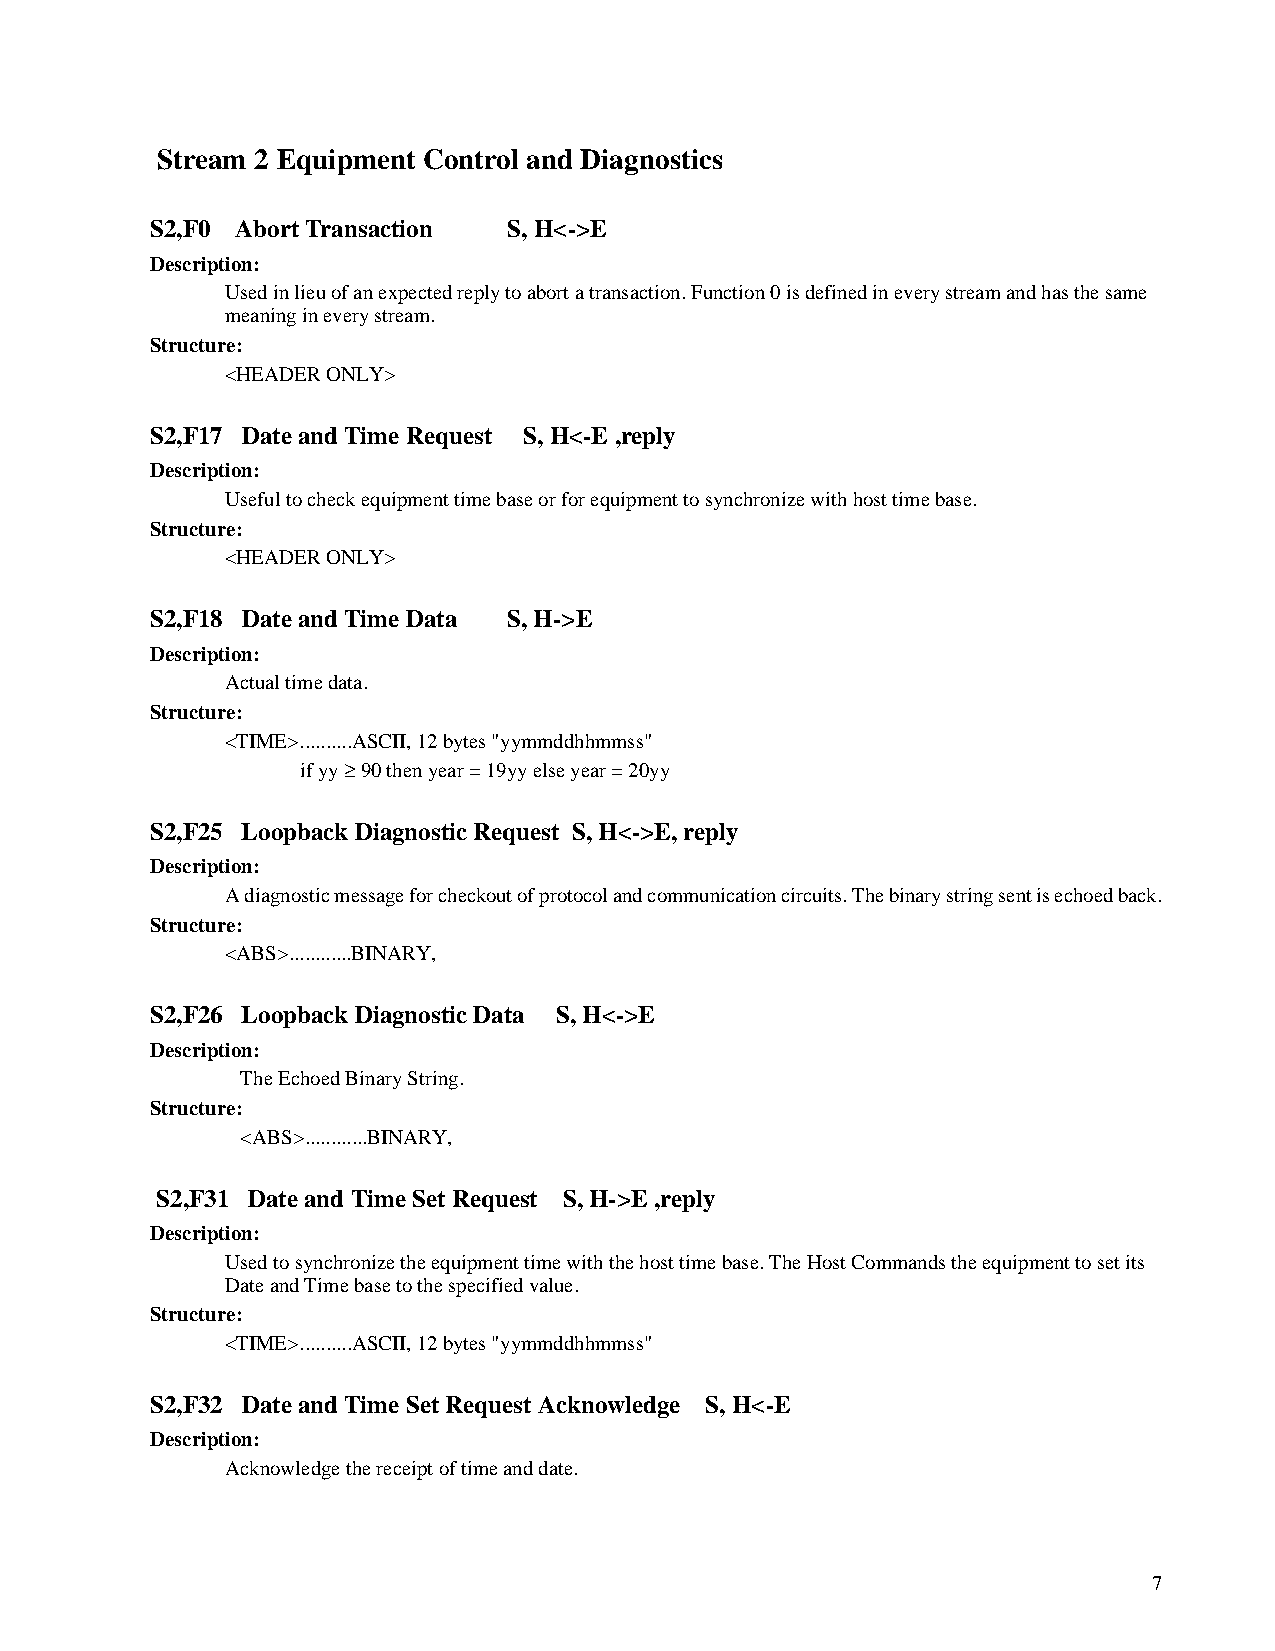
Stream 2 Equipment Control and Diagnostics
 S2,F0 Abort Transaction S, H<->E
 Description:
 Used in lieu of an expected reply to abort a transaction. Function 0 is defined in every stream and has the same
 meaning in every stream.
 Structure:
 <HEADER ONLY>
 S2,F17 Date and Time Request S, H<-E ,reply
 Description:
 Useful to check equipment time base or for equipment to synchronize with host time base.
 Structure:
 <HEADER ONLY>
 S2,F18 Date and Time Data S, H->E
 Description:
 Actual time data.
 Structure:
 <TIME>..........ASCII, 12 bytes "yymmddhhmmss"
 if yy ‡ 90 then year = 19yy else year = 20yy
 S2,F25 Loopback Diagnostic Request S, H<->E, reply
 Description:
 A diagnostic message for checkout of protocol and communication circuits. The binary string sent is echoed back.
 Structure:
 <ABS>............BINARY,
 S2,F26 Loopback Diagnostic Data S, H<->E
 Description:
 The Echoed Binary String.
 Structure:
 <ABS>............BINARY,
 S2,F31 Date and Time Set Request S, H->E ,reply
 Description:
 Used to synchronize the equipment time with the host time base. The Host Commands the equipment to set its
 Date and Time base to the specified value.
 Structure:
 <TIME>..........ASCII, 12 bytes "yymmddhhmmss"
 S2,F32 Date and Time Set Request Acknowledge S, H<-E
 Description:
 Acknowledge the receipt of time and date.
 7